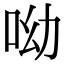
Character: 呦